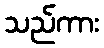
သည်ကား